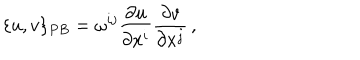
\{ u , v \} _ { P B } = \omega ^ { i j } { \frac { \partial u } { \partial x ^ { i } } } { \frac { \partial v } { \partial x ^ { j } } } \, ,